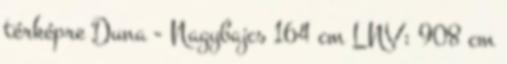
térképre Duna - Nagybajcs 164 cm LNV: 908 cm